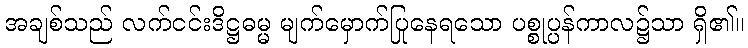
အချစ်သည် လက်ငင်းဒိဋ္ဌဓမ္မ မျက်မှောက်ပြုနေရသော ပစ္စုပ္ပန်ကာလ၌သာ ရှိ၏။